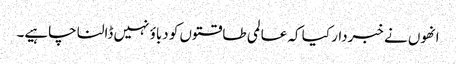
انھوں نے خبردار کیا کہ عالمی طاقتوں کو دباؤ نہیں ڈالنا چاہیے۔